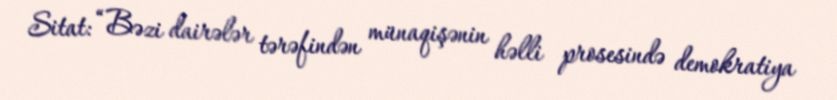
Sitat: “Bəzi dairələr tərəfindən münaqişənin həlli prosesində demokratiya